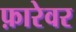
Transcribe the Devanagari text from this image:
फ़ारेवर